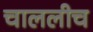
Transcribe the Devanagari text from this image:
चाललीच